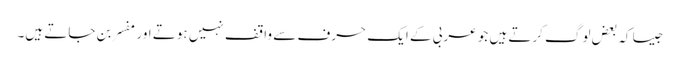
جیسا کہ بعض لوگ کرتے ہیں جو عربی کے ایک حرف سے واقف نہیں ہوتے اور مفسر بن جاتے ہیں۔